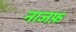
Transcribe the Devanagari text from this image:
नाजफ़